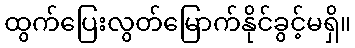
ထွက်ပြေးလွတ်မြောက်နိုင်ခွင့်မရှိ။